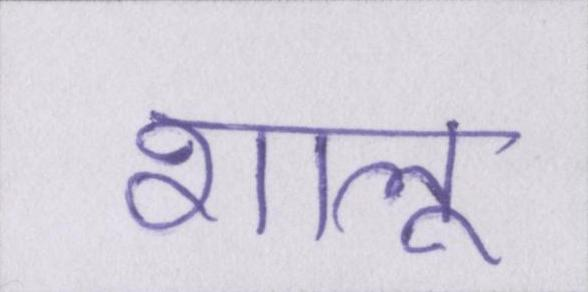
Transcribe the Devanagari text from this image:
शालू